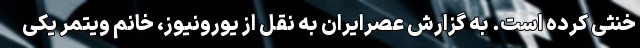
خنثی کرده است. به گزارش عصرایران به نقل از یورونیوز، خانم ویتمر یکی